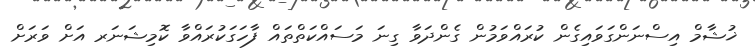
ޚުޝާމް އިސްނަންގަވައިގެން ކުރައްވަމުން ގެންދަވާ ގިނަ މަސައްކަތްތައް ފާހަގަކުރައްވާ ކޮމިޝަނަރ އަށް ވަރަށް